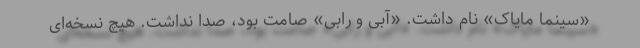
«سینما مایاک» نام داشت. «آبی و رابی» صامت بود، صدا نداشت. هیچ نسخه‌ای